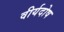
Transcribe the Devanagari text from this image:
वीर्यदोष